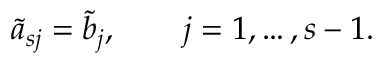
\tilde { a } _ { s j } = \tilde { b } _ { j } , \qquad j = 1 , \ldots , s - 1 .